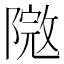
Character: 𨻮